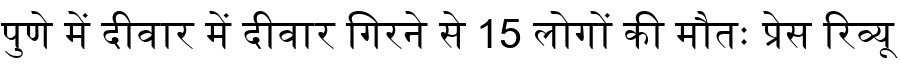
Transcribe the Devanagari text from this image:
पुणे में दीवार में दीवार गिरने से 15 लोगों की मौतः प्रेस रिव्यू